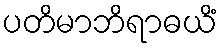
ပတိမာဘိရာဓယိံ